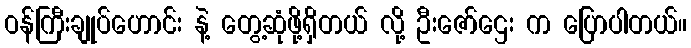
ဝန်ကြီးချုပ်ဟောင်း နဲ့ တွေ့ဆုံဖို့ရှိတယ် လို့ ဦးဇော်ဌေး က ပြောပါတယ်။